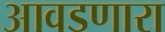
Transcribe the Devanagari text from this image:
आवडणारा